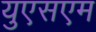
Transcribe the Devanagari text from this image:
युएसएम